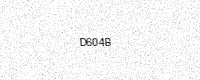
Text: D604B